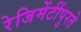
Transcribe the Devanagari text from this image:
रेजिमेंटींपुरते